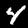
Label: 4